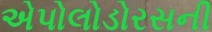
એપોલોડોરસની